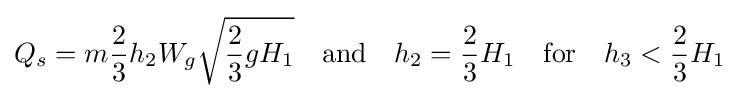
Q_{s}=m{\frac {2}{3}}h_{2}W_{g}{\sqrt {{\frac {2}{3}}gH_{1}}}\quad {\text{and}}\quad h_{2}={\frac {2}{3}}H_{1}\quad {\text{for}}\quad h_{3}<{\frac {2}{3}}H_{1}